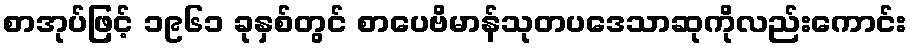
စာအုပ်ဖြင့် ၁၉၆၁ ခုနှစ်တွင် စာပေဗိမာန်သုတပဒေသာဆုကိုလည်းကောင်း